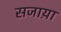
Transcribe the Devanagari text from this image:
सजाय़ा